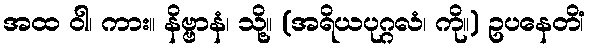
အထ ဝါ၊ ကား။ နိဗ္ဗာနံ၊ သို့။ (အရိယပုဂ္ဂလံ၊ ကို။) ဥပနေတိံ၊